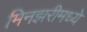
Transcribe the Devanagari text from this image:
मिनझरीमध्ये